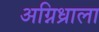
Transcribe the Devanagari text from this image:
अग्निध्राला